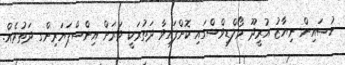
ހުސައިން ނިޔާޒު އުރީދޫ މޯލްޑިވްސްގައި ކޮށްފައިވާ ދަތުރަކީ ވަރަށް އިންސްޕަޔަރިންގ ދަތުރެއް.